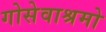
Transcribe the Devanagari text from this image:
गोसेवाश्रमो